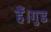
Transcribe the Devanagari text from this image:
हैं।गुड